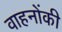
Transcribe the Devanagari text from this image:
वाहनोंकी